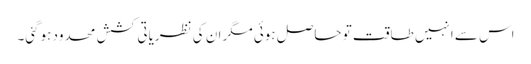
اس سے انہیں طاقت تو حاصل ہوئی مگر ان کی نظریاتی کشش محدود ہوگئی۔